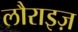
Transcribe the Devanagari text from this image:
लौराइज़